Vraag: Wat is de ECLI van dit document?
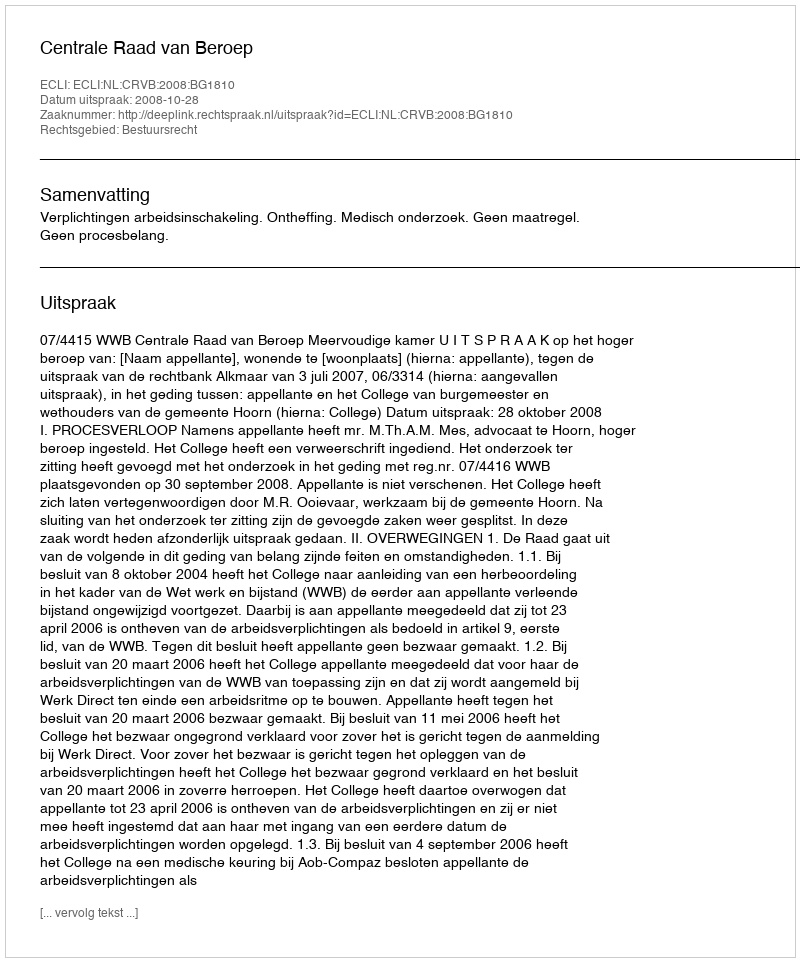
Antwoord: ECLI:NL:CRVB:2008:BG1810